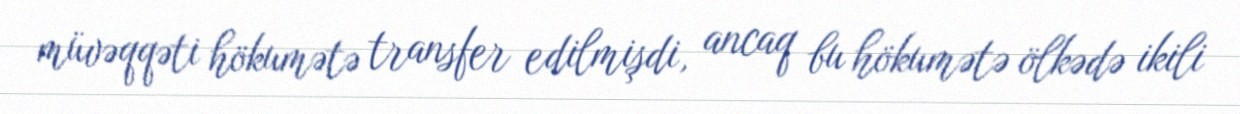
müvəqqəti hökumətə transfer edilmişdi, ancaq bu hökumətə ölkədə ikili